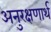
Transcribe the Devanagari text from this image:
अनुरक्षणार्थ